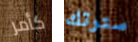
كأمر سترتك